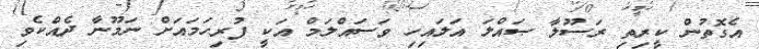
އެގޮތުން ކީރިތި ރަސޫލާ ޞައްލަ އަލައިހި ވަސައްލަމް އަކީ ފުރިހަމައަށް ނަމޫނާ ދެއްކެވި